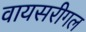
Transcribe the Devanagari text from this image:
वायसरीगल